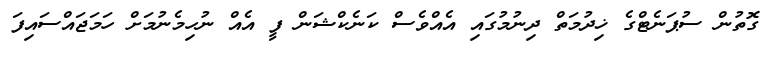
ގޮތުން ސުޕަނެޓްގެ ޚިދުމަތް ދިނުމުގައި އެއްވެސް ކަނެކްޝަން ފީ އެއް ނުހިމެނުމަށް ހަމަޖައްސައިފަ